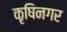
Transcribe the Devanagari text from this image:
कृषिनगर